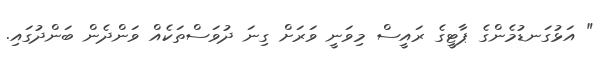
" އަޅުގަނޑުމެންގެ ޕާޓީގެ ރައީސް މިވަނީ ވަރަށް ގިނަ ދުވަސްތަކެއް ވަންދެން ބަންދުގައި.